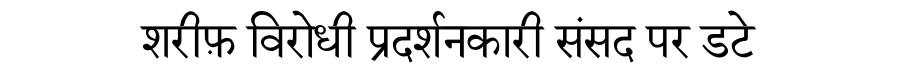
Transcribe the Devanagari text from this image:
शरीफ़ विरोधी प्रदर्शनकारी संसद पर डटे